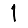
Digit: 1